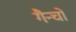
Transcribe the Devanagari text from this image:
गैन्चो